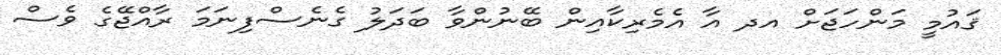
ޤައުމީ މަންހަޖަށް އދ އާ އެމެރިކާއިން ބޭނުންވާ ބަދަލު ގެނެސްފިނަމަ ރާއްޖޭގެ ވެސް